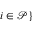
i \in \mathcal { P } \}